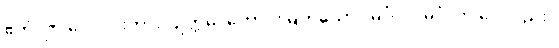
ဧတံ၊ ဤလေးပါးကား။ ဥတ္တမံ၊ ကောင်းမြတ်သော။ မင်္ဂလံ၊ မင်္ဂလာ ပေတည်း။